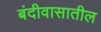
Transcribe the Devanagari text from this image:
बंदीवासातील